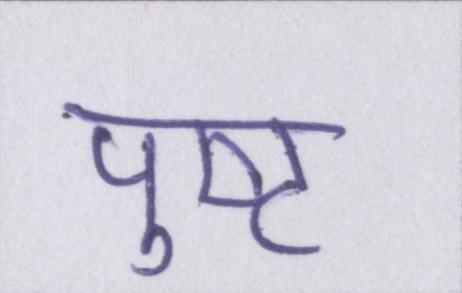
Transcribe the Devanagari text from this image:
पुष्ट